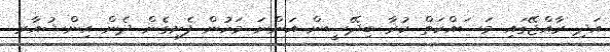
އަދި ރާއްޖޭގައި މަސައްކަތް ކުރާ ބިދޭސީން އަންނަ މަހުން ފެށިގެން ދެން އިންޝުއާރ